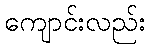
ကျောင်းလည်း